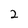
Character: 2